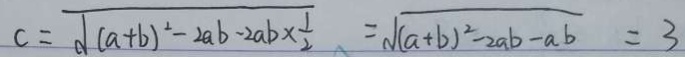
c = \sqrt { ( a + b ) ^ { 2 } - 2 a b - 2 a b \times \frac { 1 } { 2 } } = \sqrt { ( a + b ) ^ { 2 } - 2 a b - a b } = 3